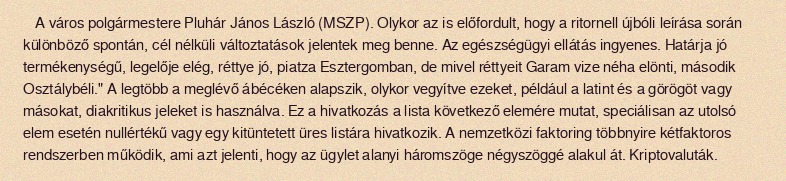
A város polgármestere Pluhár János László (MSZP). Olykor az is előfordult, hogy a ritornell újbóli leírása során különböző spontán, cél nélküli változtatások jelentek meg benne. Az egészségügyi ellátás ingyenes. Határja jó termékenységű, legelője elég, réttye jó, piatza Esztergomban, de mivel réttyeit Garam vize néha elönti, második Osztálybéli." A legtöbb a meglévő ábécéken alapszik, olykor vegyítve ezeket, például a latint és a görögöt vagy másokat, diakritikus jeleket is használva. Ez a hivatkozás a lista következő elemére mutat, speciálisan az utolsó elem esetén nullértékű vagy egy kitüntetett üres listára hivatkozik. A nemzetközi faktoring többnyire kétfaktoros rendszerben működik, ami azt jelenti, hogy az ügylet alanyi háromszöge négyszöggé alakul át. Kriptovaluták.